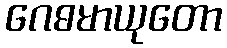
ဂေဓမာယုတော